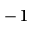
^ { - 1 }